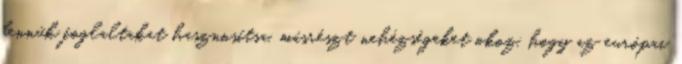
bennük foglaltakat hasznosítsa, másrészt nehézségeket okoz, hogy az európai